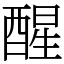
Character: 醒